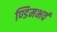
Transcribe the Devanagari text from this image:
ण्डिमभवं